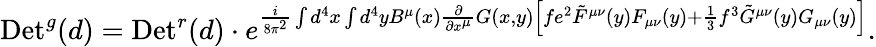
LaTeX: \mathrm{Det}^{g}(d)=\mathrm{Det}^{r}(d)\cdot e^{{\frac{i}{8\pi^{2}}}\int d^{4}x\int d^{4}yB^{\mu}(x){\frac{\partial}{\partial x^{\mu}}}G(x,y)\left[fe^{2}\tilde{F}^{\mu\nu}(y)F_{\mu\nu}(y)+{\frac{1}{3}}f^{3}\tilde{G}^{\mu\nu}(y)G_{\mu\nu}(y)\right]}.